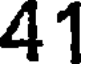
41